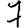
Digit: 7